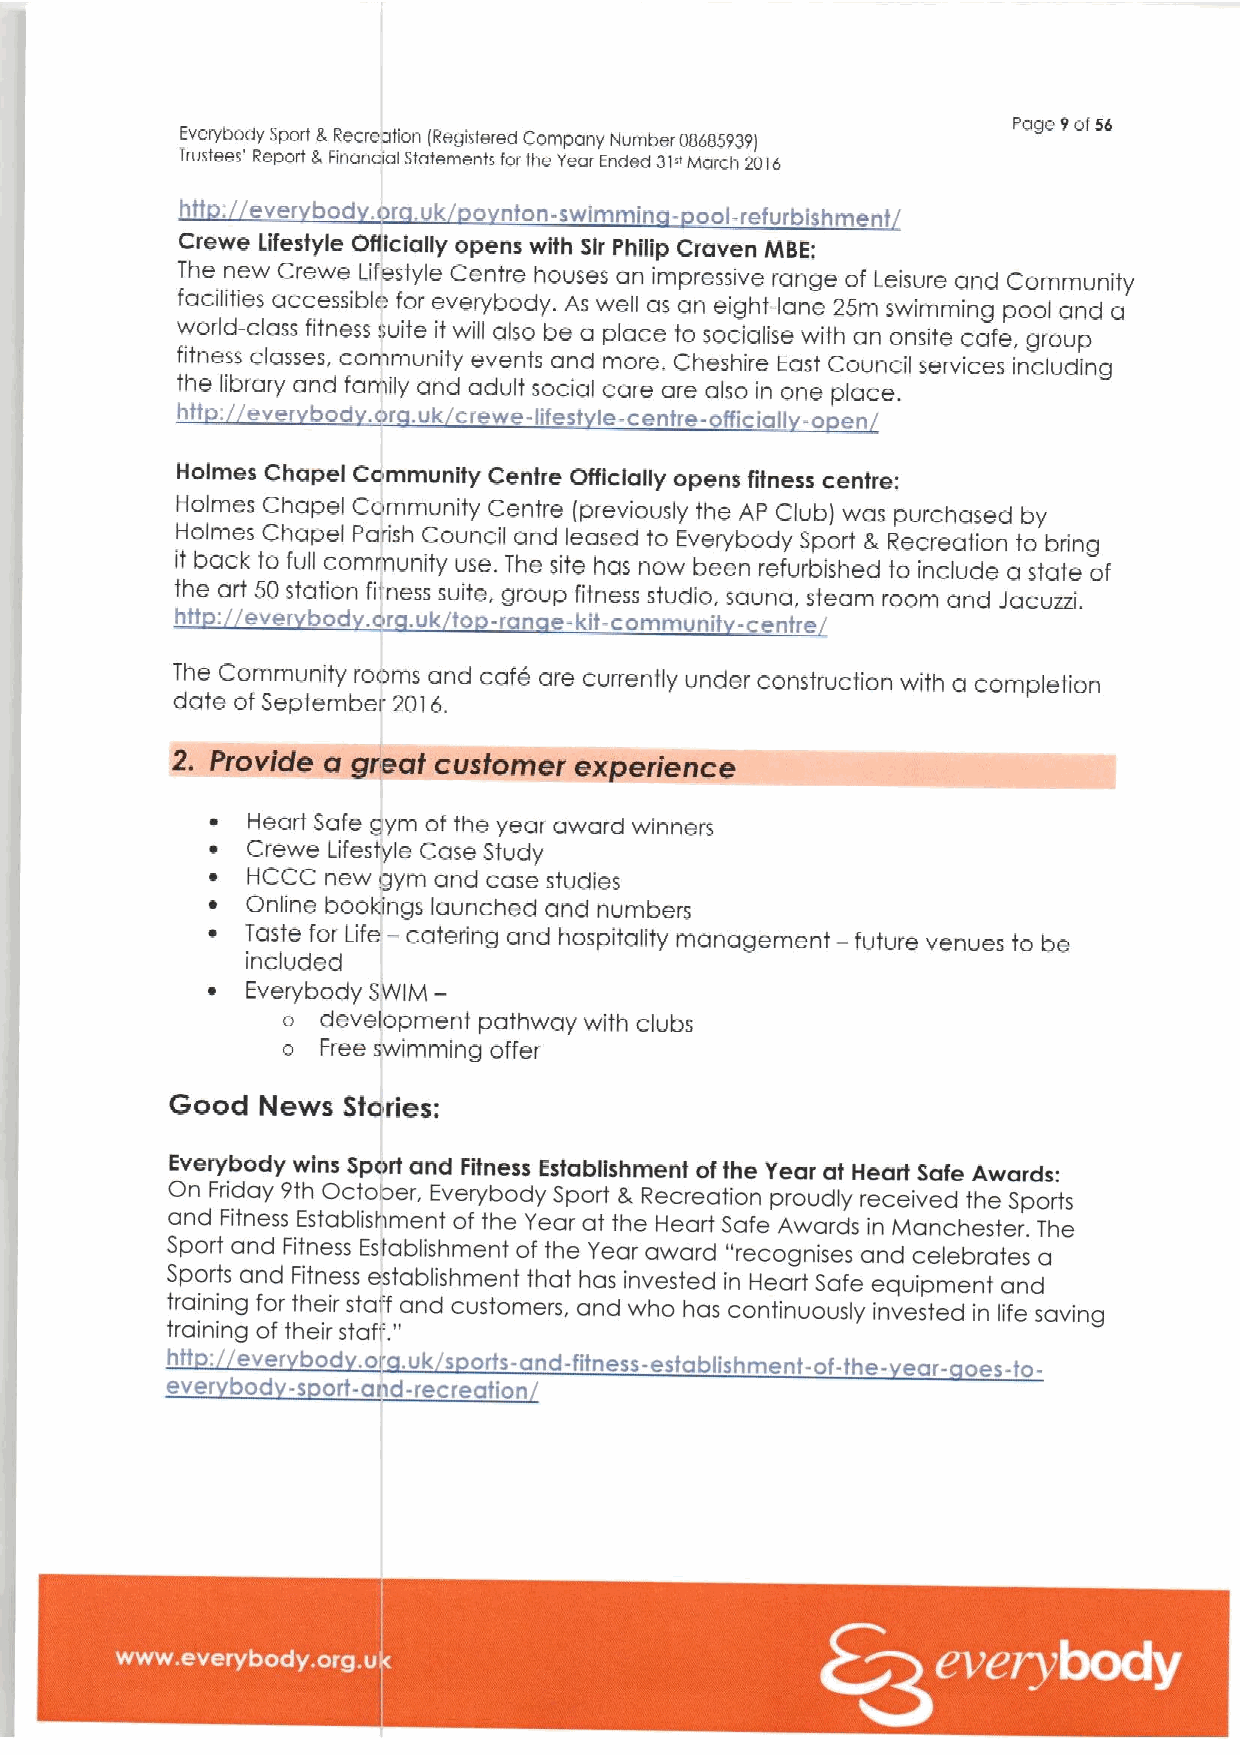
Everybody Sport 8 Recreation IRegistered Company ftomber 08685939I Page 9of56
 rrostees' Report 8 Finandal Statements forthe Year Ended 3i" March 2816
 Crewe lifestyle Ofllclally opens with Sir Philip Craven hftBE;
 The new Crewe Lifestyle Centre houses an impressive range of Leisure and
 Community
 facilities accessible for everybody. As well as an eight-lane 25m swimming pool and a
 world-class fitness suite it will also be a place to soclalise with an onsite cafe, group
 fitness classes, community events and more, Cheshire East Council services including
 the library and family and adult social care are also in one place.
 htt ever bod or uk crewe-lifest Ie-centre-officiall -o en
 Holmes Chapel Community Cenfre Officially opens fitness centre:
 Holmes Chapel Community Centre (previously the AP Club) was purchased by
 Holmes Chapel Parish Council and leased to Everybody Sport 8, Recreation to bring
 it back to full community use. The site has now been refurbished to include a state of
 the art 50station fitness suite, group fitness studio. sauna, steam room and Jacuzzi.
 htt:
 ever bod .or .uk to -ran e-kit-commvnit -centre
 The Community rooms and cafe are currenfly under construction with a completion
 date of September 2016.
 ~ Heart Safe gym of the year award winners
 ~ Crewe Lifestyle Case Study
 ~ HCCC  new gym and case studies
 ~ Online bookings launched and numbers
 ~ Taste for Life — cateffing and hospitality management — future venues to be
 included
 ~ Everybody SWIM—
 o development pathway with clubs
 o Free swimming offer
 Good  News  Stories:
 Everybody wins Sport and Fitness Establishment ofthe Year at Heart Safe Awards.
 On Friday 9th October, Everybody Sport 8, Recreation proudly received the Sports
 and Fitness Establishment of the Year at the Hearf Safe Awards in Manchester. The
 Sport and Fitness Establishment of the Year award "recognises and celebrates a
 Sports and Fitness establishment that has invested in Heart Safe equipment and
 training for their staff "and customers, and who has continuously invested in life saving
 training of their sfaff.
 ever bod -s ort-and-recreation
 ~ ~ ~